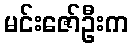
မင်းဇော်ဦးက